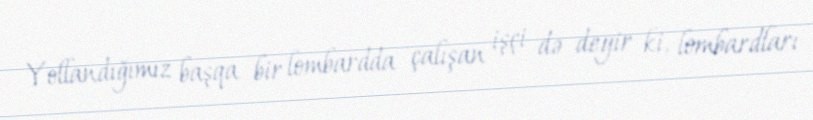
Yollandığımız başqa bir lombardda çalışan işçi də deyir ki, lombardları